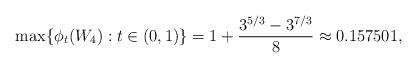
LaTeX: \begin{align*} \max\{\phi_t(W_4) : t\in(0,1)\} & = 1 + \frac{3^{5/3} - 3^{7/3}}{8} \approx 0.157501,\end{align*}